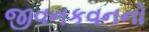
જીવનકવનનો